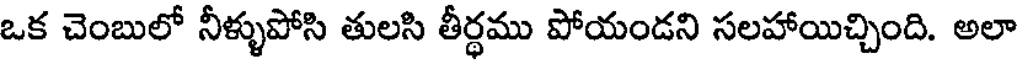
ఒక చెంబులో నీళ్ళుపోసి తులసి తీర్థము పోయండని సలహాయిచ్చింది. అలా